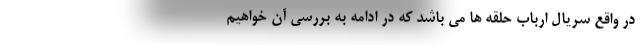
در واقع سریال ارباب حلقه ها می باشد که در ادامه به بررسی آن خواهیم